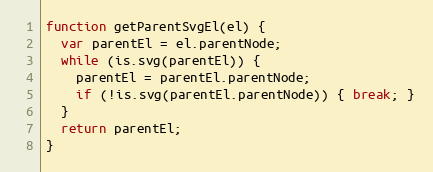
Language: JavaScript
function getParentSvgEl(el) {
  var parentEl = el.parentNode;
  while (is.svg(parentEl)) {
    parentEl = parentEl.parentNode;
    if (!is.svg(parentEl.parentNode)) { break; }
  }
  return parentEl;
}